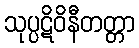
သုပ္ပဋိဝိနီတတ္တာ